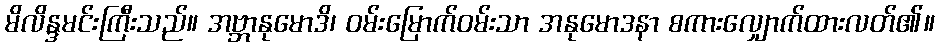
မိလိန္ဒမင်းကြီးသည်။ အဗ္ဘာနုမောဒိ၊ ဝမ်းမြောက်ဝမ်းသာ အနုမောဒနာ စကားလျှောက်ထားလတ်၏။